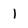
Character: 1